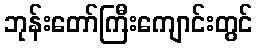
ဘုန်းတော်ကြီးကျောင်းတွင်